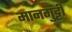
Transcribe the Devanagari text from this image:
मानगुट्टी